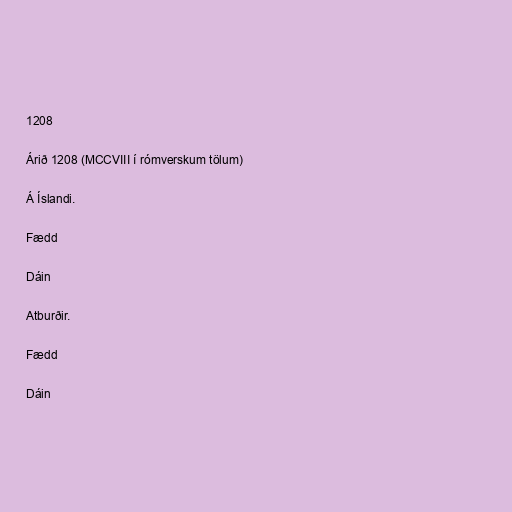
1208

Árið 1208 (MCCVIII í rómverskum tölum)

Á Íslandi.

Fædd

Dáin

Atburðir.

Fædd

Dáin